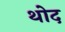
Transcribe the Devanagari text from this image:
थोद